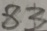
8 3